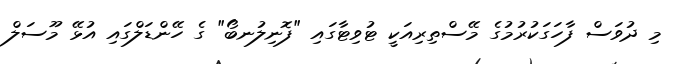
މި ދުވަސް ފާހަގަކުރުމުގެ މޭސްތިރިއަކީ ޓުވިޓާގައި "ފޮނިލުނބޯ" ގެ ހޭންޑަލްގައި އުޅޭ މޫސަލް